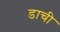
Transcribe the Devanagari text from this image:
डाची